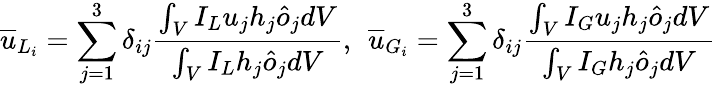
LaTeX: \overline{{u}}_{L_{i}}=\sum_{j=1}^{3}\delta_{ij}\frac{\int_{V}I_{L}u_{j}h_{j}\hat{o}_{j}dV}{\int_{V}I_{L}h_{j}\hat{o}_{j}dV},\: \: \overline{{u}}_{G_{i}}=\sum_{j=1}^{3}\delta_{ij}\frac{\int_{V}I_{G}u_{j}h_{j}\hat{o}_{j}dV}{\int_{V}I_{G}h_{j}\hat{o}_{j}dV}